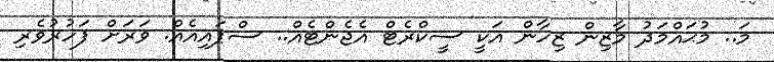
މަ.. މުޙައްމަދު މާޒިން ޒިހާން އަކީ ސީކްރެޓް އެޖެންޓެއް.. ސްޕައިއެއް. ވަރަށް ފަހުރުވެރި